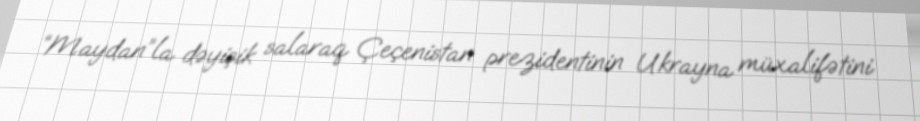
“Maydan”la dəyişik salaraq Çeçenistan prezidentinin Ukrayna müxalifətini